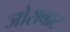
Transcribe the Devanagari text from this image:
जोराबाट